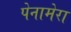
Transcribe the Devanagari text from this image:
पेनामेरा